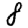
Digit: 8